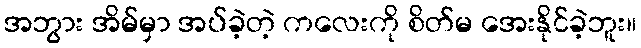
အဘွား အိမ်မှာ အပ်ခဲ့တဲ့ ကလေးကို စိတ်မ အေးနိုင်ခဲ့ဘူး။